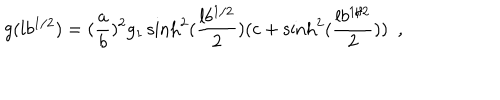
g ( l b ^ { 1 / 2 } ) = ( { \frac { a } { b } } ) ^ { 2 } g _ { 1 } \sinh ^ { 2 } ( { \frac { l b ^ { 1 / 2 } } { 2 } } ) ( c + \sinh ^ { 2 } ( { \frac { l b ^ { 1 / 2 } } { 2 } } ) ) ~ ~ ,